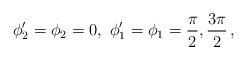
LaTeX: \begin{align*}\phi'_2=\phi_2=0, \ \phi'_1=\phi_1 ={\pi\over 2},{3\pi\over 2} \, ,\end{align*}